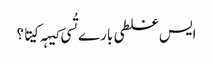
‏ ایس غلطی بارے تُسی کیہہ کیتا؟